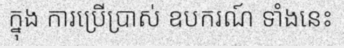
ក្នុង ការប្រើប្រាស់ ឧបករណ៍ ទាំងនេះ